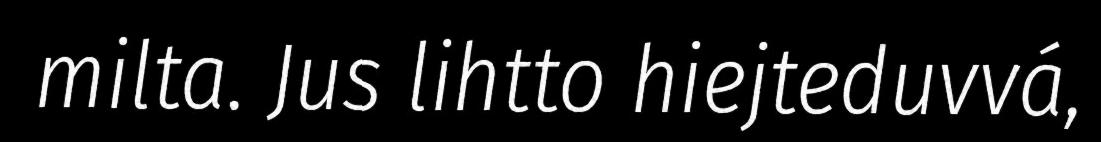
milta. Jus lihtto hiejteduvvá,